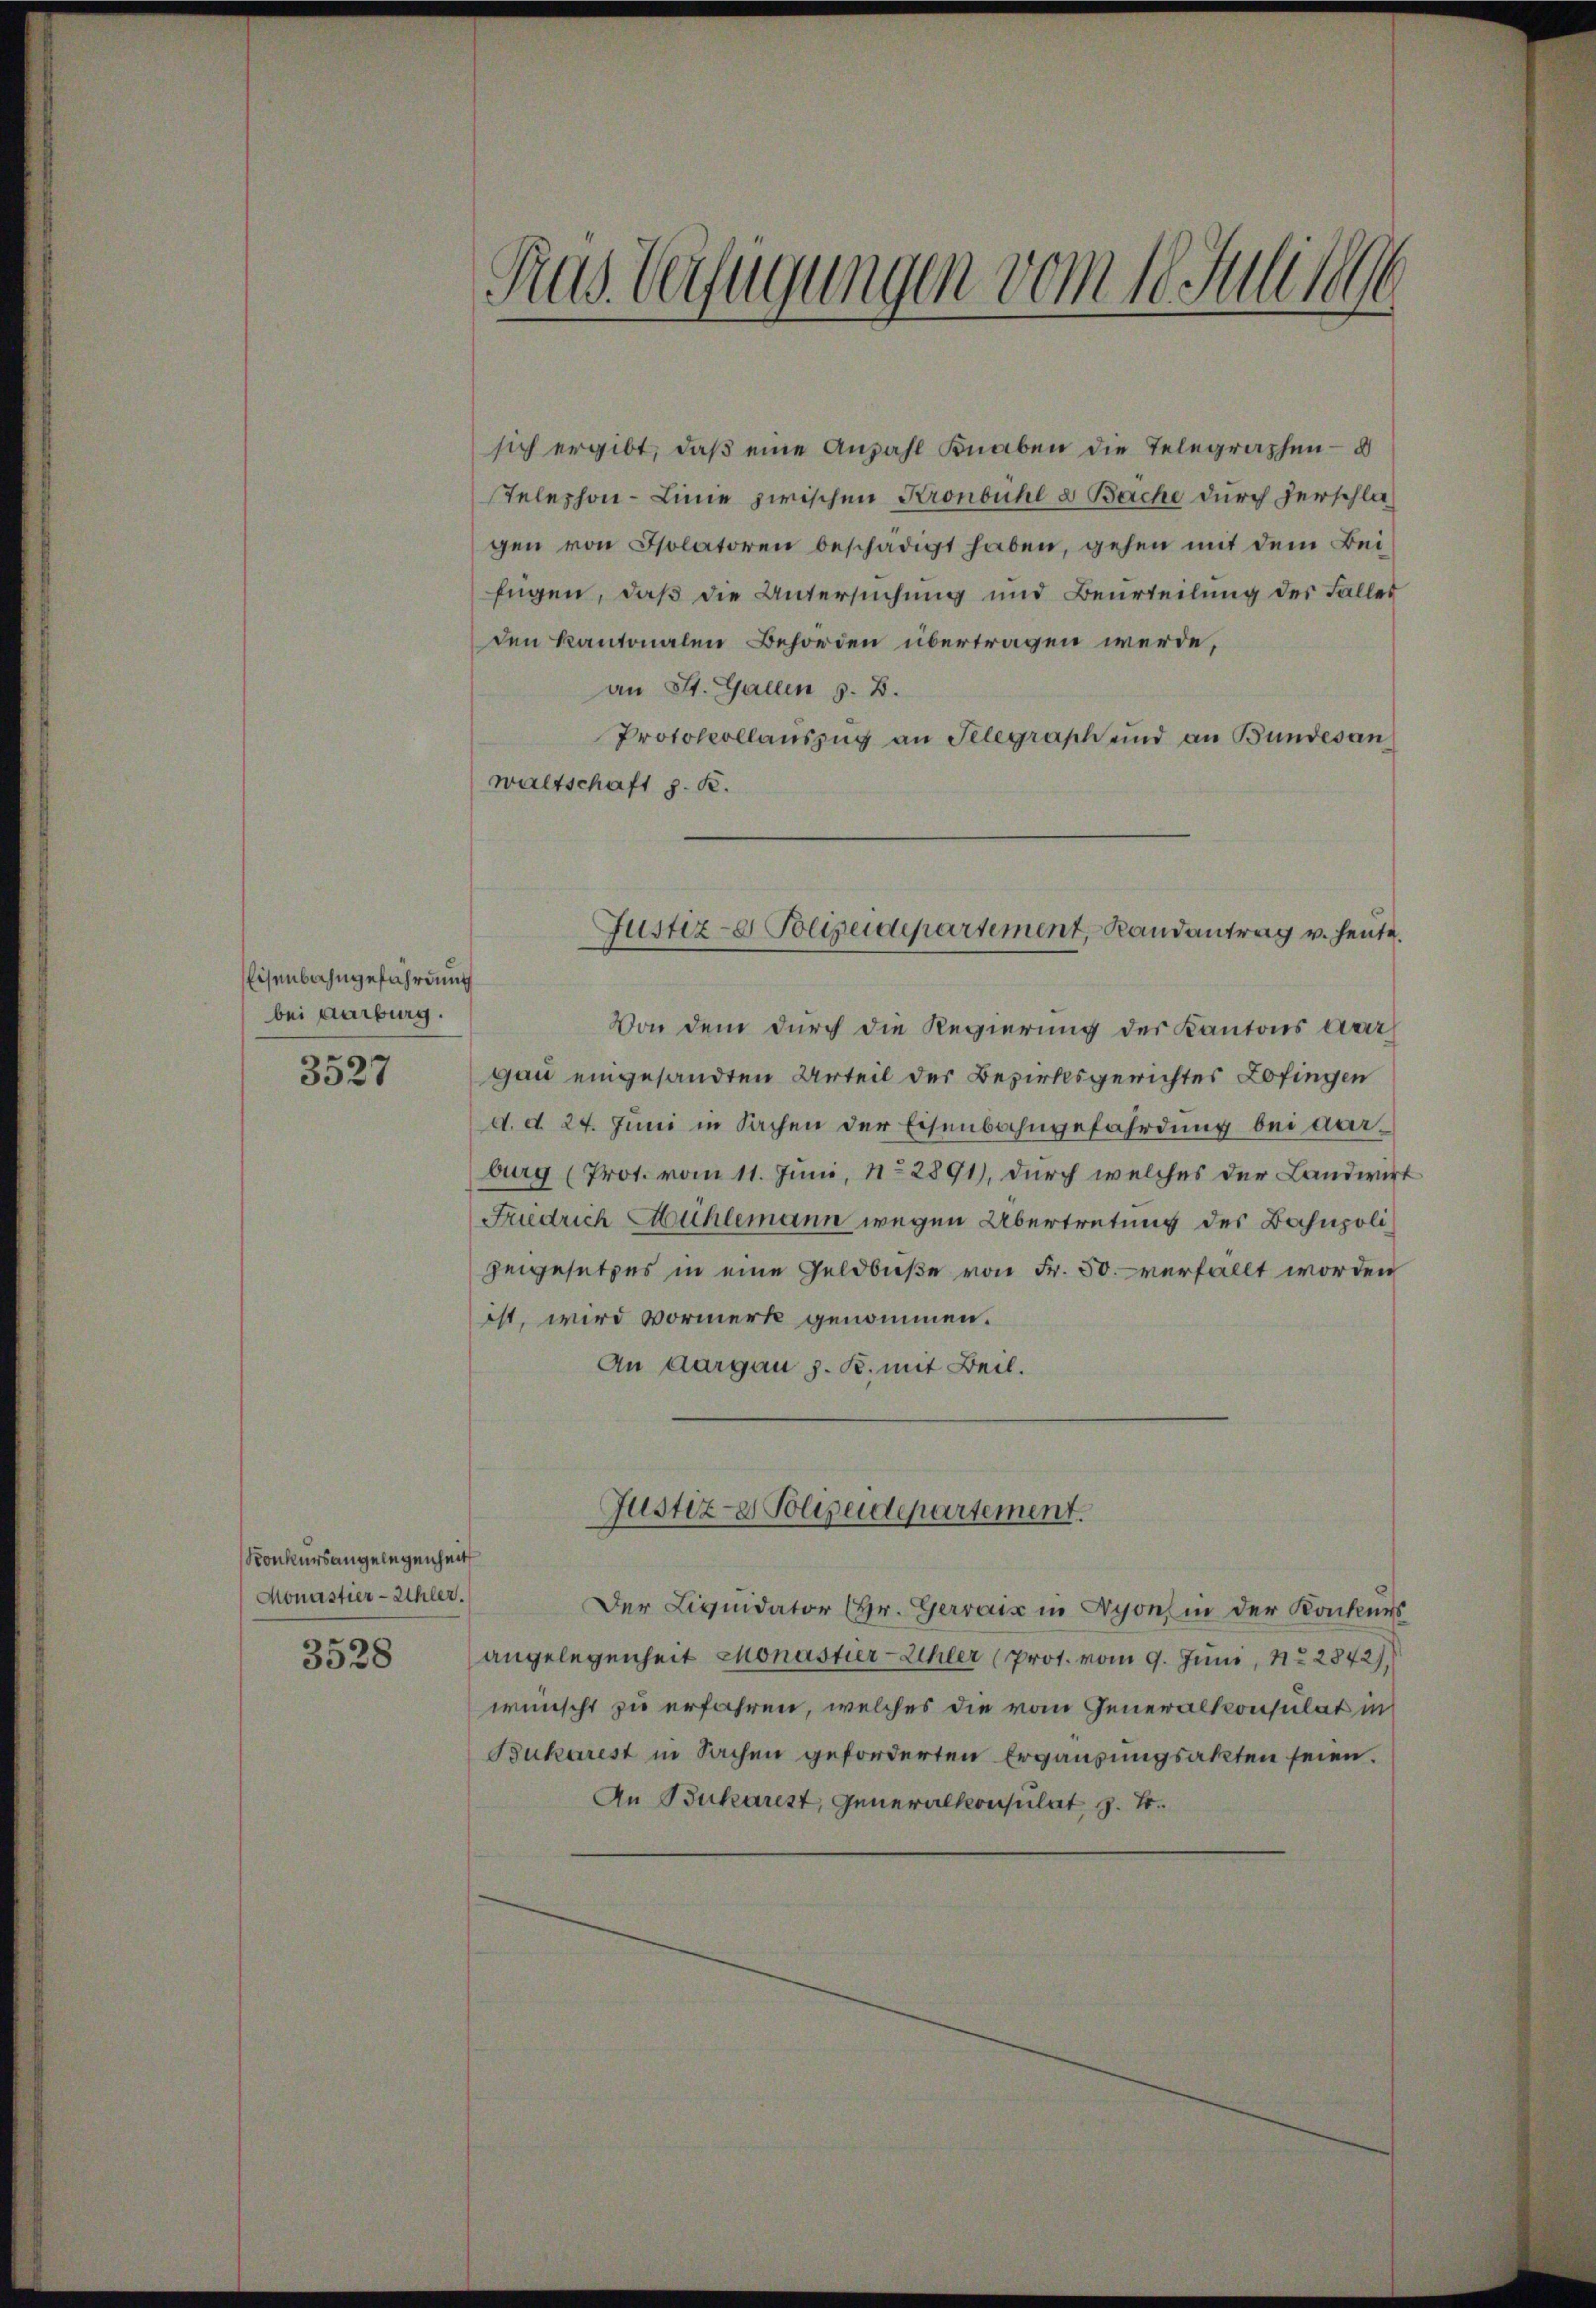
Eisenbahngefährdung
bei Aarburg.
3527

sich ergibt, daβ eine Anzahl Knaben die Telegraphen- u
sTelephon-Linie zwischen Kronbühl & Bache durch Verschlagen von Isolatoren beschädigt haben, gehen mit dem Bei
Eugen, daß die Untersuchung und Beurteilung des Falles
den kantonalen Behörden übertragen werde,
an St. Gallen z. B.
Protokollauszug an Telegraph und an Bundesan
waltschaft z. B.

Konkurs angelegenheit
Monastier-Uhler.
3528

Fras Verfügungen vom 10. Juli le

Von dem durch die Regierung der Kantons Aar
gau eingesandten Urteil der Bezirksgerichtes Zofingen
d. d. 24. Juni in Sachen der Eisenbahngefährdung bei darburg (Prot. vom 11. Juni, No 2891), durch welches der Landwirt
Friedrich Mühlemann wegen Übertretung des Bahnpoligegesetzes in eine Geldbuße von Fr. 50. verfällt worden
ist, wird Vormerk genommen.
An Aargau z. K. mit Beil.
Justiz- & Polizeidepartement.
Der Liquidator (Hr. Gerrais in Nyon, in der Konkurs
angelegenheit Monastier-Uhler (Prot. vom 9. Juni, 122842)
wünscht zu erfahren, welches die vom Generalkonsulat in
Bukarest in Sachen geforderten Ergausungsakten seien.
An Bukarest, Generalkonsulat §. 4.

Justiz- Polizeidepartement, Randantrag v. heute.